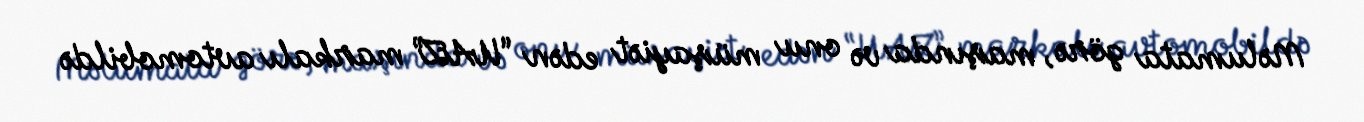
Məlumata görə, maşında və onu müşayiət edən “UAZ” markalı avtomobildə